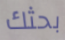
بحثك